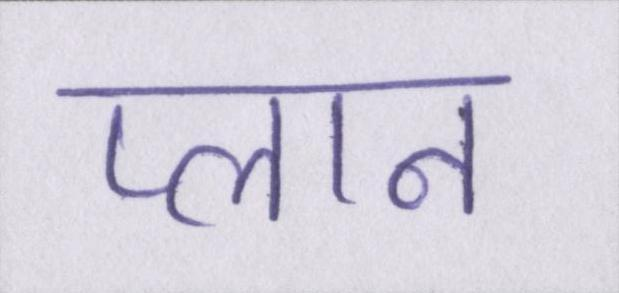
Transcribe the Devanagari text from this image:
प्लान